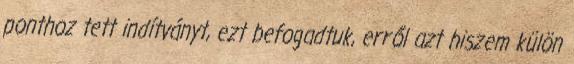
ponthoz tett indítványt, ezt befogadtuk, erről azt hiszem külön